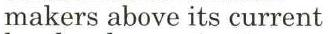
makers above its current